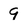
Character: 9